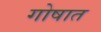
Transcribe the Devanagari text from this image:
गोषात